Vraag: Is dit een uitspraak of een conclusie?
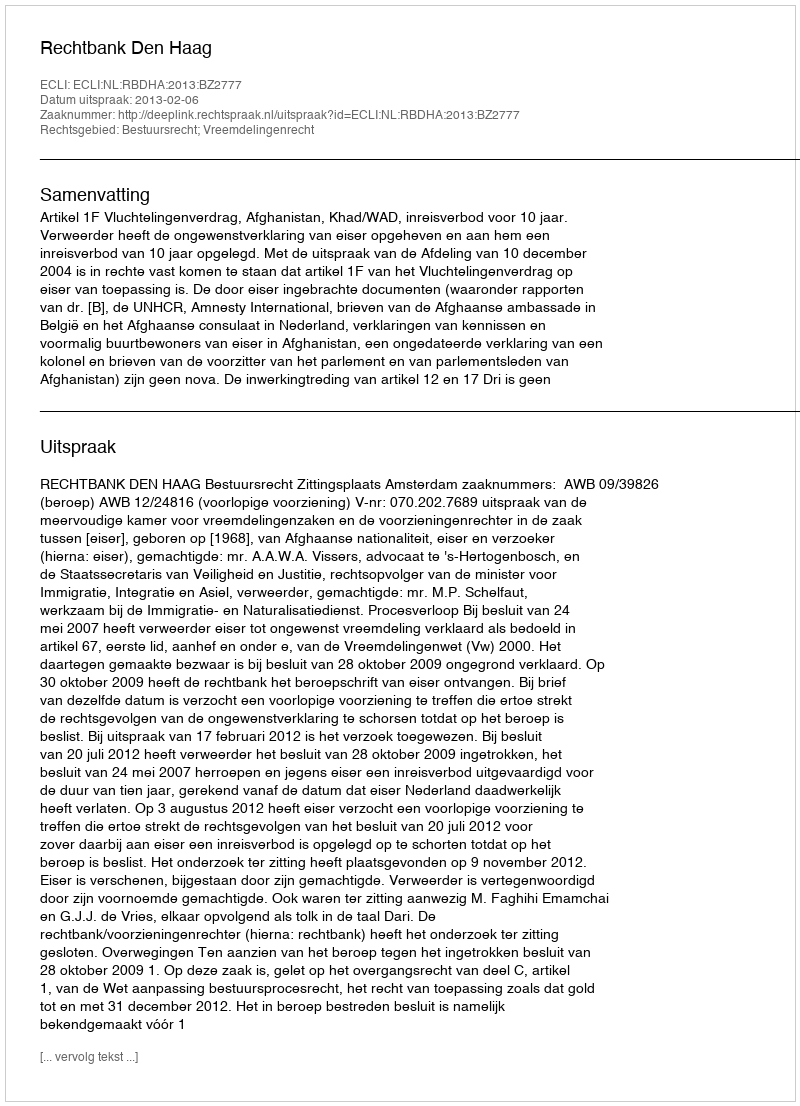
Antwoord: Uitspraak